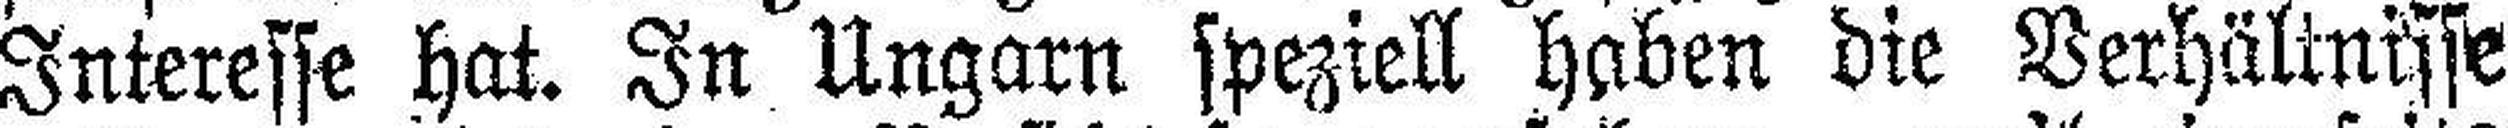
Interesse hat. In Ungarn speziell haben die Verhältnisse